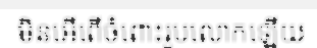
មិនអើពើចំពោះរូបលោកឡើយ